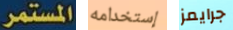
المستمر إستخدامه جرايمز